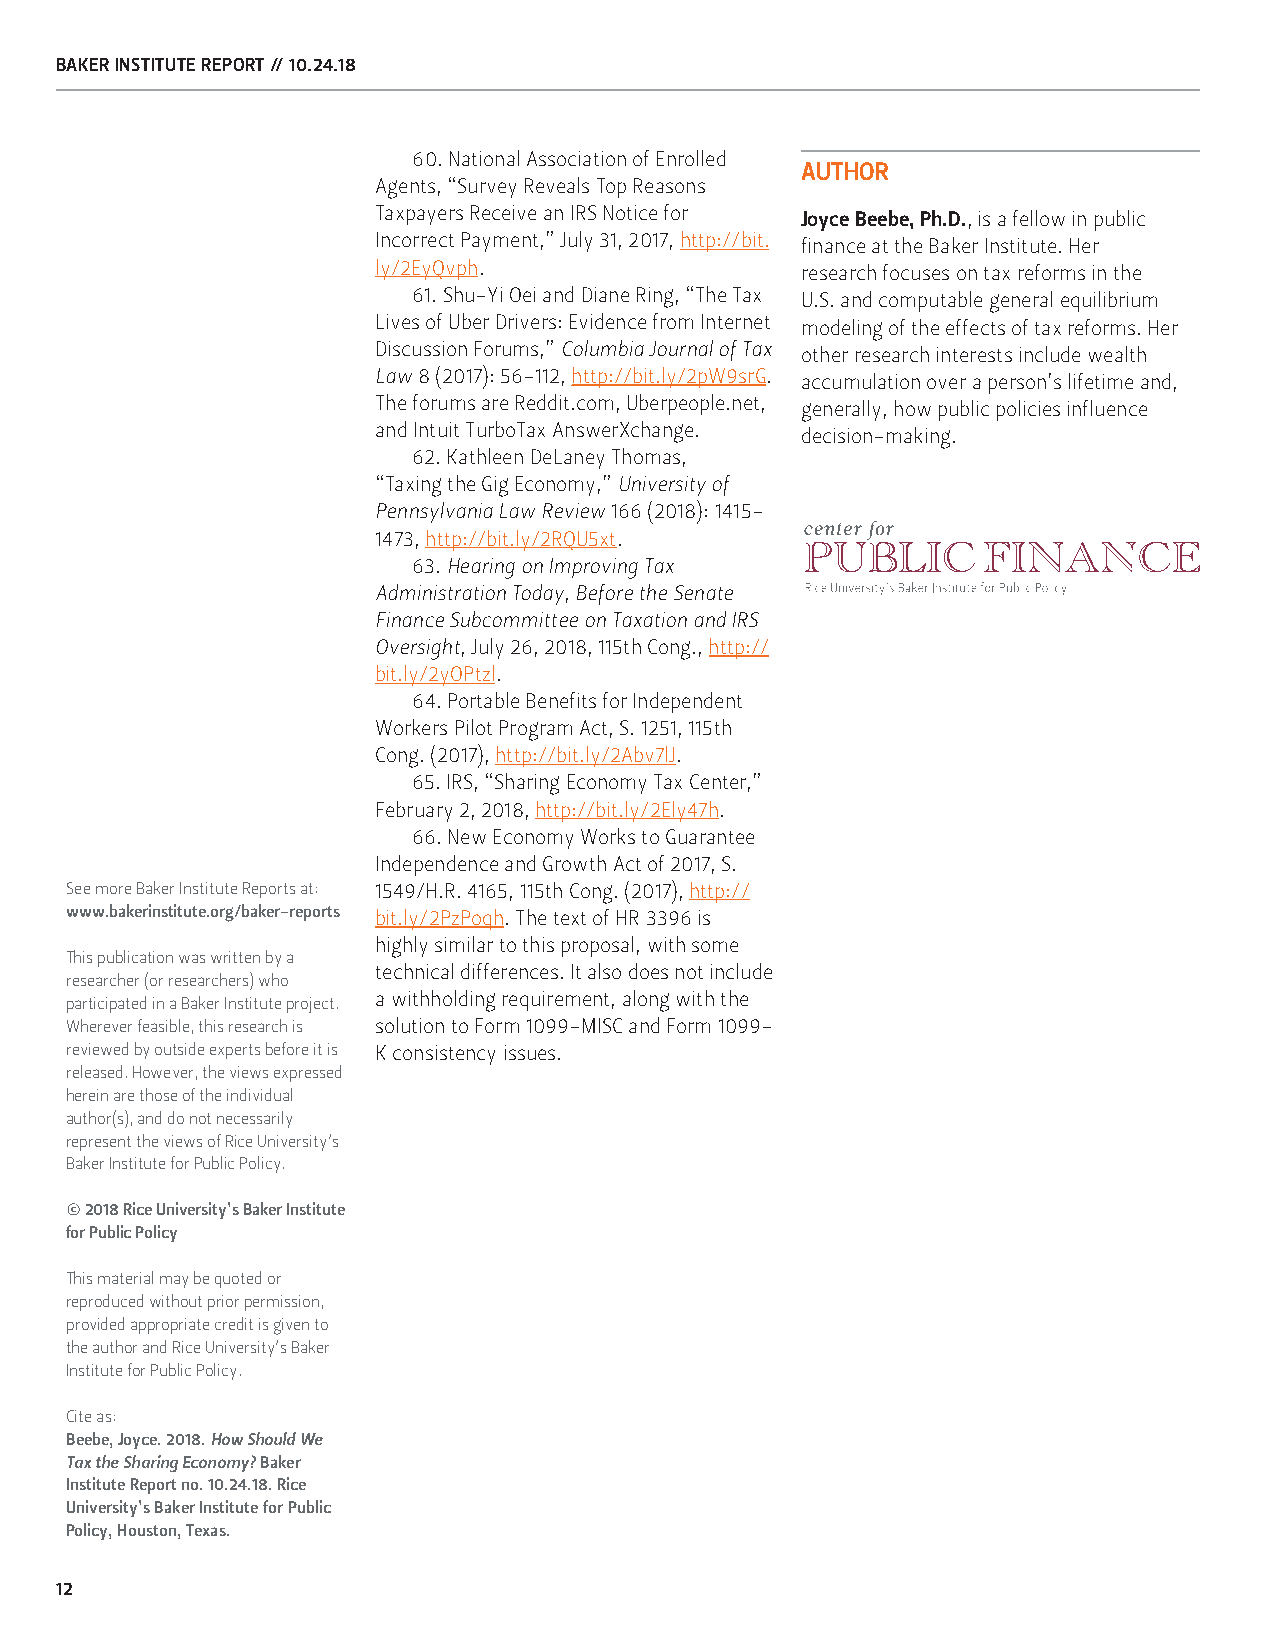
BAKER INSTITUTE REPORT // 10.24.18
 60. National Association of Enrolled
 AUTHOR
 Agents, “Survey Reveals Top Reasons
 Taxpayers Receive an IRS Notice for Joyce Beebe, Ph.D., is a fellow in public
 Incorrect Payment,” July 31, 2017, http://bit. finance at the Baker Institute. Her
 ly/2EyQvph.                 research focuses on tax reforms in the
 61. Shu-Yi Oei and Diane Ring, “The Tax U.S. and computable general equilibrium
 Lives of Uber Drivers: Evidence from Internet modeling of the effects of tax reforms. Her
 Discussion Forums,” Columbia Journal of Tax other research interests include wealth
 Law 8 (2017): 56-112, http://bit.ly/2pW9srG. accumulation over a person’s lifetime and,
 The forums are Reddit.com, Uberpeople.net, generally, how public policies influence
 and Intuit TurboTax AnswerXchange. decision-making.
 62. Kathleen DeLaney Thomas,
 “Taxing the Gig Economy,” University of
 Pennsylvania Law Review 166 (2018): 1415-
 1473, http://bit.ly/2RQU5xt.
 63. Hearing on Improving Tax
 Administration Today, Before the Senate
 Finance Subcommittee on Taxation and IRS
 Oversight, July 26, 2018, 115th Cong., http://
 bit.ly/2yOPtzl.
 64. Portable Benefits for Independent
 Workers Pilot Program Act, S. 1251, 115th
 Cong. (2017), http://bit.ly/2Abv7lJ.
 65. IRS, “Sharing Economy Tax Center,”
 February 2, 2018, http://bit.ly/2Ely47h.
 66. New Economy Works to Guarantee
 Independence and Growth Act of 2017, S.
 See more Baker Institute Reports at: 1549/H.R. 4165, 115th Cong. (2017), http://
 www.bakerinstitute.org/baker-reports bit.ly/2PzPoqh. The text of HR 3396 is
 highly similar to this proposal, with some
 This publication was written by a
 technical differences. It also does not include
 researcher (or researchers) who
 participated in a Baker Institute project. a withholding requirement, along with the
 Wherever feasible, this research is solution to Form 1099-MISC and Form 1099-
 reviewed by outside experts before it is K consistency issues.
 released. However, the views expressed
 herein are those of the individual
 author(s), and do not necessarily
 represent the views of Rice University’s
 Baker Institute for Public Policy.
 © 2018 Rice University’s Baker Institute
 for Public Policy
 This material may be quoted or
 reproduced without prior permission,
 provided appropriate credit is given to
 the author and Rice University’s Baker
 Institute for Public Policy.
 Cite as:
 Beebe, Joyce. 2018. How Should We
 Tax the Sharing Economy? Baker
 Institute Report no. 10.24.18. Rice
 University’s Baker Institute for Public
 Policy, Houston, Texas.
 12